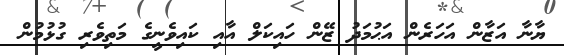
ޔާނާ އަޒާން އަހަރެން އަޙުމަދު ޒޭން ހައިކަލް އާއި ކައިވެނީގެ މަތިވެރި ގުޅުމުން